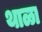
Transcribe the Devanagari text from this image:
थाळा